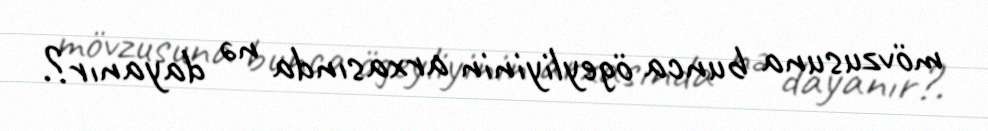
mövzusuna bunca ögeyliyinin arxasında nə dayanır?.